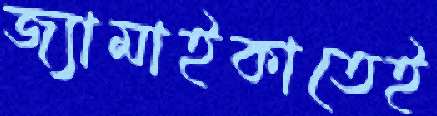
জ্যামাইকাতেই